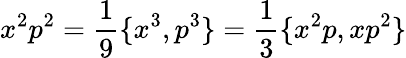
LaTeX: x^{2}p^{2}={\frac{1}{9}}\{ x^{3},p^{3}\} ={\frac{1}{3}}\{ x^{2}p,xp^{2}\}